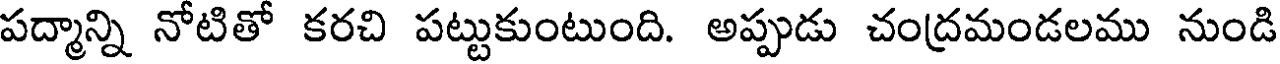
పద్మాన్ని నోటితో కరచి పట్టుకుంటుంది. అప్పుడు చంద్రమండలము నుండి